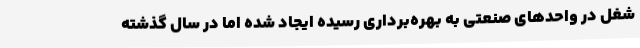
شغل در واحدهای صنعتی به بهره‌برداری رسیده ایجاد شده اما در سال گذشته